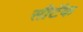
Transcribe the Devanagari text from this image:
सीटॅक